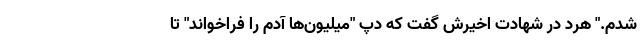
شدم." هرد در شهادت اخیرش گفت که دپ "میلیون‌ها آدم را فراخواند" تا